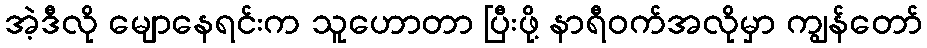
အဲ့ဒီလို မျောနေရင်းက သူဟောတာ ပြီးဖို့ နာရီဝက်အလိုမှာ ကျွန်တော်